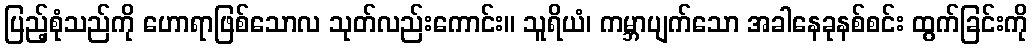
ပြည့်စုံသည်ကို ဟောရာဖြစ်သောလ သုတ်လည်းကောင်း။ သူရိယံ၊ ကမ္ဘာပျက်သော အခါနေခုနစ်စင်း ထွက်ခြင်းကို